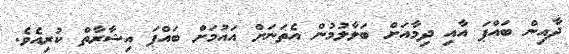
ދާއިން ބައްޕަ އާއި ދިމާއަށް ބަލާލުމުން އެތަނަށް އައުމަށް ބައްޕަ އިޝާރާތް ކުރިއެވެ.